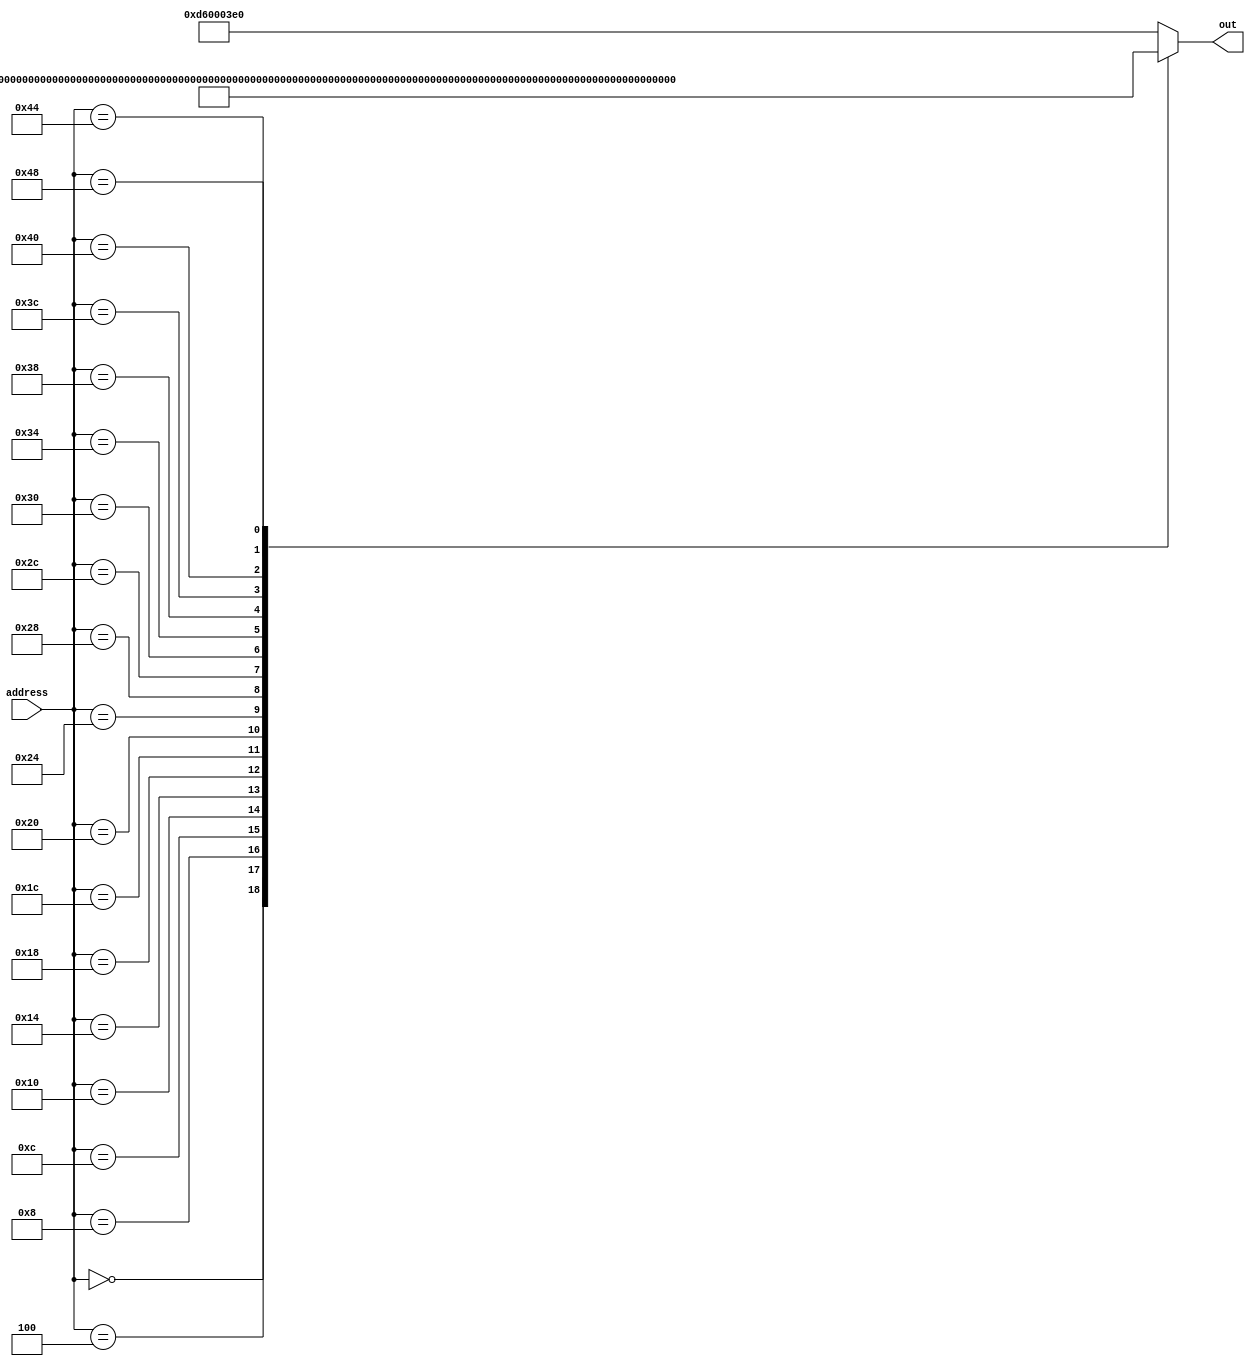
// auto generated from http://users.rowan.edu/~haskellt8/assembler/
module Muhlbaiers_rom_case(out, address);
	output reg [31:0] out;
	input  [15:0] address; // address- 16 deep memory  
	always @(address) begin
		case (address)
			16'h0000:  out = 32'b11010010100000000000000000100001; // MOVZ X1, 1
			16'h0004:  out = 32'b11010010100000000000000001000010; // MOVZ X2, 2
			16'h0008:  out = 32'b10001011000000100000000000100100; // ADD X4, X1, X2
			16'h000C:  out = 32'b11111000000000010000001111100100; // STUR X4, [XZR, 16]
			16'h0010:  out = 32'b11111000010000010000001111100101; // LDUR X5, [XZR, 16]
			16'h0014:  out = 32'b10010100000000000000000000001010; // BL 10
			16'h0018:  out = 32'b10110101000000000000000000100010; // CBNZ X2, 1
			16'h001C:  out = 32'b00010100000000000000000000000001; // B 1
			16'h0020:  out = 32'b00010111111111111111111111111001; // B -7
			16'h0024:  out = 32'b10110100000000000000000001100001; // CBZ X1, 3
			16'h0028:  out = 32'b11101011000000100000000000111111; // SUBS XZR, X1, X2
			16'h002C:  out = 32'b01010100000000000000000000100011; // B.LO 1
			16'h0030:  out = 32'b11111000000000001000001111100001; // STUR X1, [XZR, 8]
			16'h0034:  out = 32'b11111000010000001000001111100110; // LDUR X6, [XZR, 8]
			16'h0038:  out = 32'b11010010000000000000010011100111; // EORI X7, X7, 1
			16'h003C:  out = 32'b00010111111111111111111111111110; // B -2
			16'h0040:  out = 32'b10010001000000000000100000100001; // ADDI X1, X1, 2
			16'h0044:  out = 32'b11010001000000000000010001000010; // SUBI X2, X2, 1
			16'h0048:  out = 32'b11010110000000000000001111000000; // BR X30
			default:   out = 32'hD60003E0; // BR XZR
		endcase
	end
endmodule

/*
C code for above asm:
X1 = 1;
X2 = 2;
while(1) 
{
	X4 = X1 + X2;
	M[16] = X4;
	X5 = M[16];
	IncDec();
	if(X2 == 0) 
	{
		break;
	}
}
if(X1 != 0) 
{
	if(X1 > X2) 
	{
		M[8] = X1;
	}
}
X6 = M[8];
while(1)
{
	X7 = X7 ^ 1;
}

void IncDec(void) 
{
	X1 = X1 + 1;
	X2 = X2 - 1;
}
*/